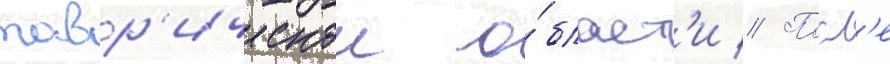
тавр'ическои о́бласт'и // Посл'е